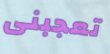
تعجبنى